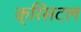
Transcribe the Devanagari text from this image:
क्रिसटल